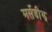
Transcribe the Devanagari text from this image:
मर्सेडीझ